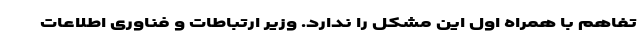
تفاهم با همراه اول این مشکل را ندارد. وزیر ارتباطات و فناوری اطلاعات